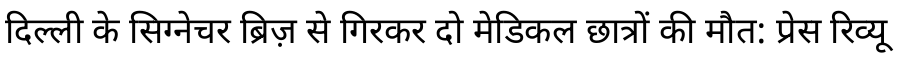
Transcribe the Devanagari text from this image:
दिल्ली के सिग्नेचर ब्रिज़ से गिरकर दो मेडिकल छात्रों की मौत: प्रेस रिव्यू